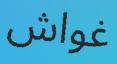
غواش